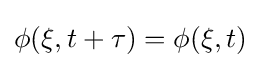
\phi (\mathbf {\xi } ,t+\tau )=\phi (\mathbf {\xi } ,t)